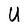
Character: U